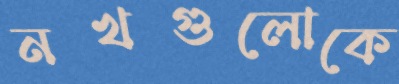
নখগুলোকে